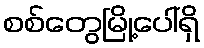
စစ်တွေမြို့ပေါ်ရှိ